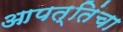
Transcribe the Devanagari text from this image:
आपत्तिंचा